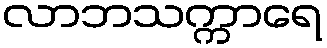
လာဘသက္ကာရေ